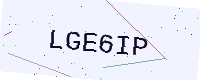
Text: LGE6IP